Petrogradi_Kontroll-Opteerimise_Komisjon, lk 188
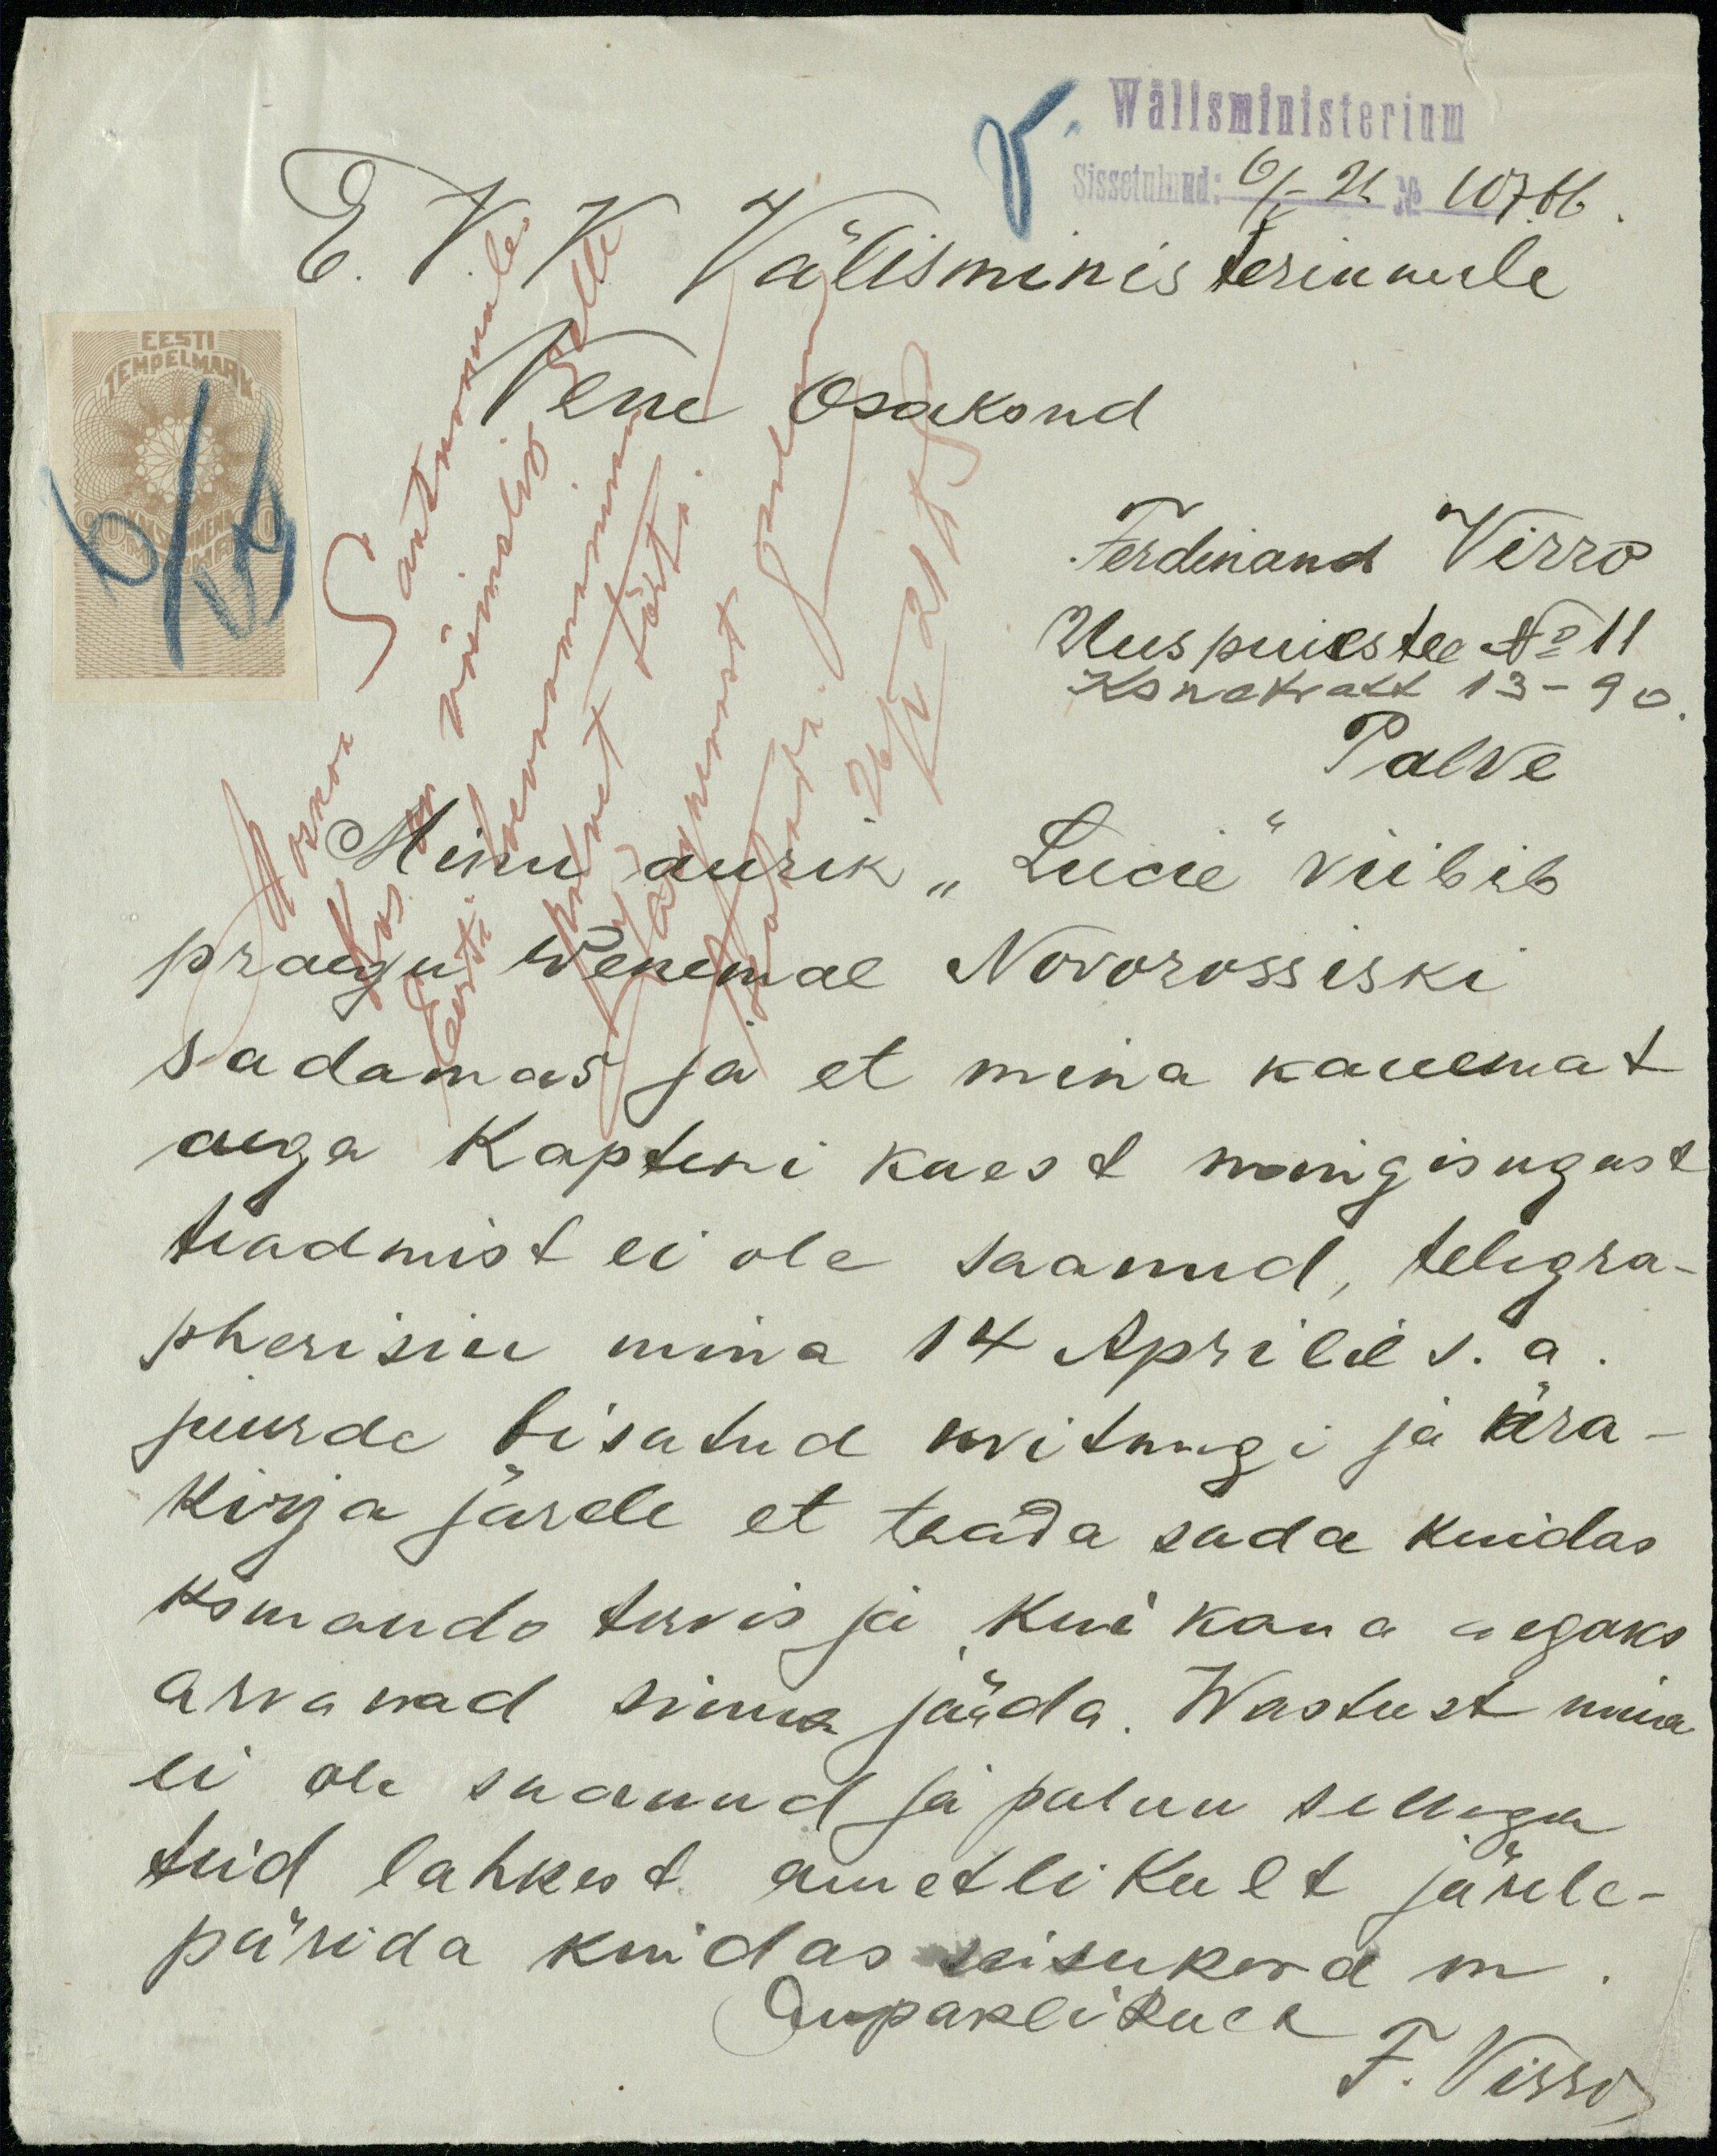
Wälisministerium
Sissetulnud: 6/V 21. No 10766.
E. V. V. Välisministeriumile
Vene Osakond
EESTI
TEMPELMARK
Ferdinand Virro
Uus puiestee No 11
Konetratt 13-90
Moskva Saatkonnale.
Kas on võimalik selle
Eesti laevaomaniku
palvet täita. -
Järgnevast palun
teatada.
26/V 21 TS
Palve
Minu aurik "Lucie" viibib
praegu Wenemal Novorossiski
sadamas ja et mina kauemat
aega Kapteni kaest mingisugust
teadmist ei ole saanud, telegra-
pherisin mina 14 Aprilil s.a.
juurde lisatud kvitungi ja ära-
kirja järele et teada sada kuidas
komando tervis ja kui kaua aegaks
arvavad sinna jääda. Wastust mina
ei oli saanud ja palun sellega
teid lahkest ametlikult järele-
pärida kuidas seisukord on.
Aupaklikult
F. Virro